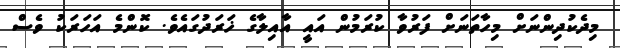
މިދެކުދިންނަށް މިހާތަނަށް ފަރުވާ ކުރަމުން އައީ އާއިލާގެ ޚަރަދުގައެވެ. ކޮންމެ އަހަރަކު ވެސް